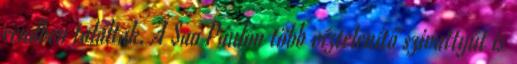
rendben találtak. A Sao Paulón több víztelenítő szivattyút is